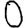
Digit: 0